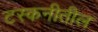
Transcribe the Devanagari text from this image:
टस्कनीतील